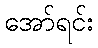
အော်ရင်း